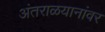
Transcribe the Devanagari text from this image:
अंतराळयानांवर